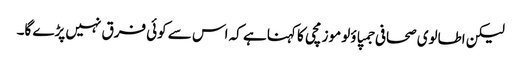
لیکن اطالوی صحافی جمپاؤلو موزمچی کا کہنا ہے کہ اس سے کوئی فرق نہیں پڑے گا۔